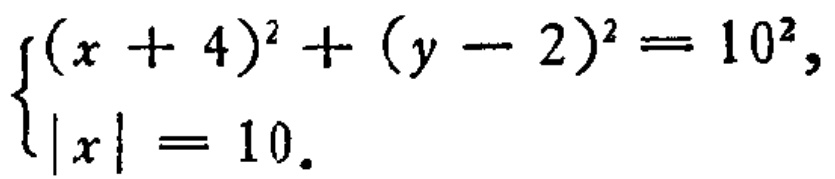
$\begin{cases}(x + 4)^{2}+(y - 2)^{2}=10^{2},\\|x| = 10.\end{cases}$